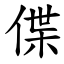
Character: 偞